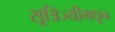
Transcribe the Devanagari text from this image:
सूत्रिज्यीमधून